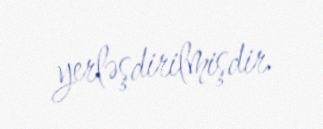
yerləşdirilmişdir.